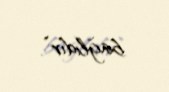
bağlıdır”.